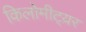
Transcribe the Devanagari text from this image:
किलोमीट्य़र